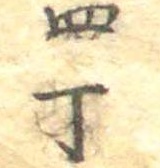
四丁